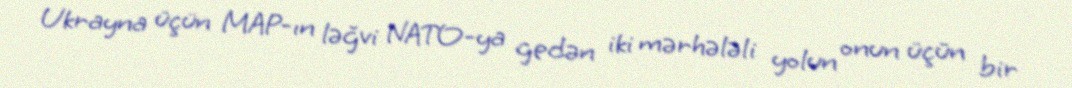
Ukrayna üçün MAP-ın ləğvi NATO-ya gedən iki mərhələli yolun onun üçün bir